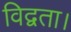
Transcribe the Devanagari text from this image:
विद्वता।